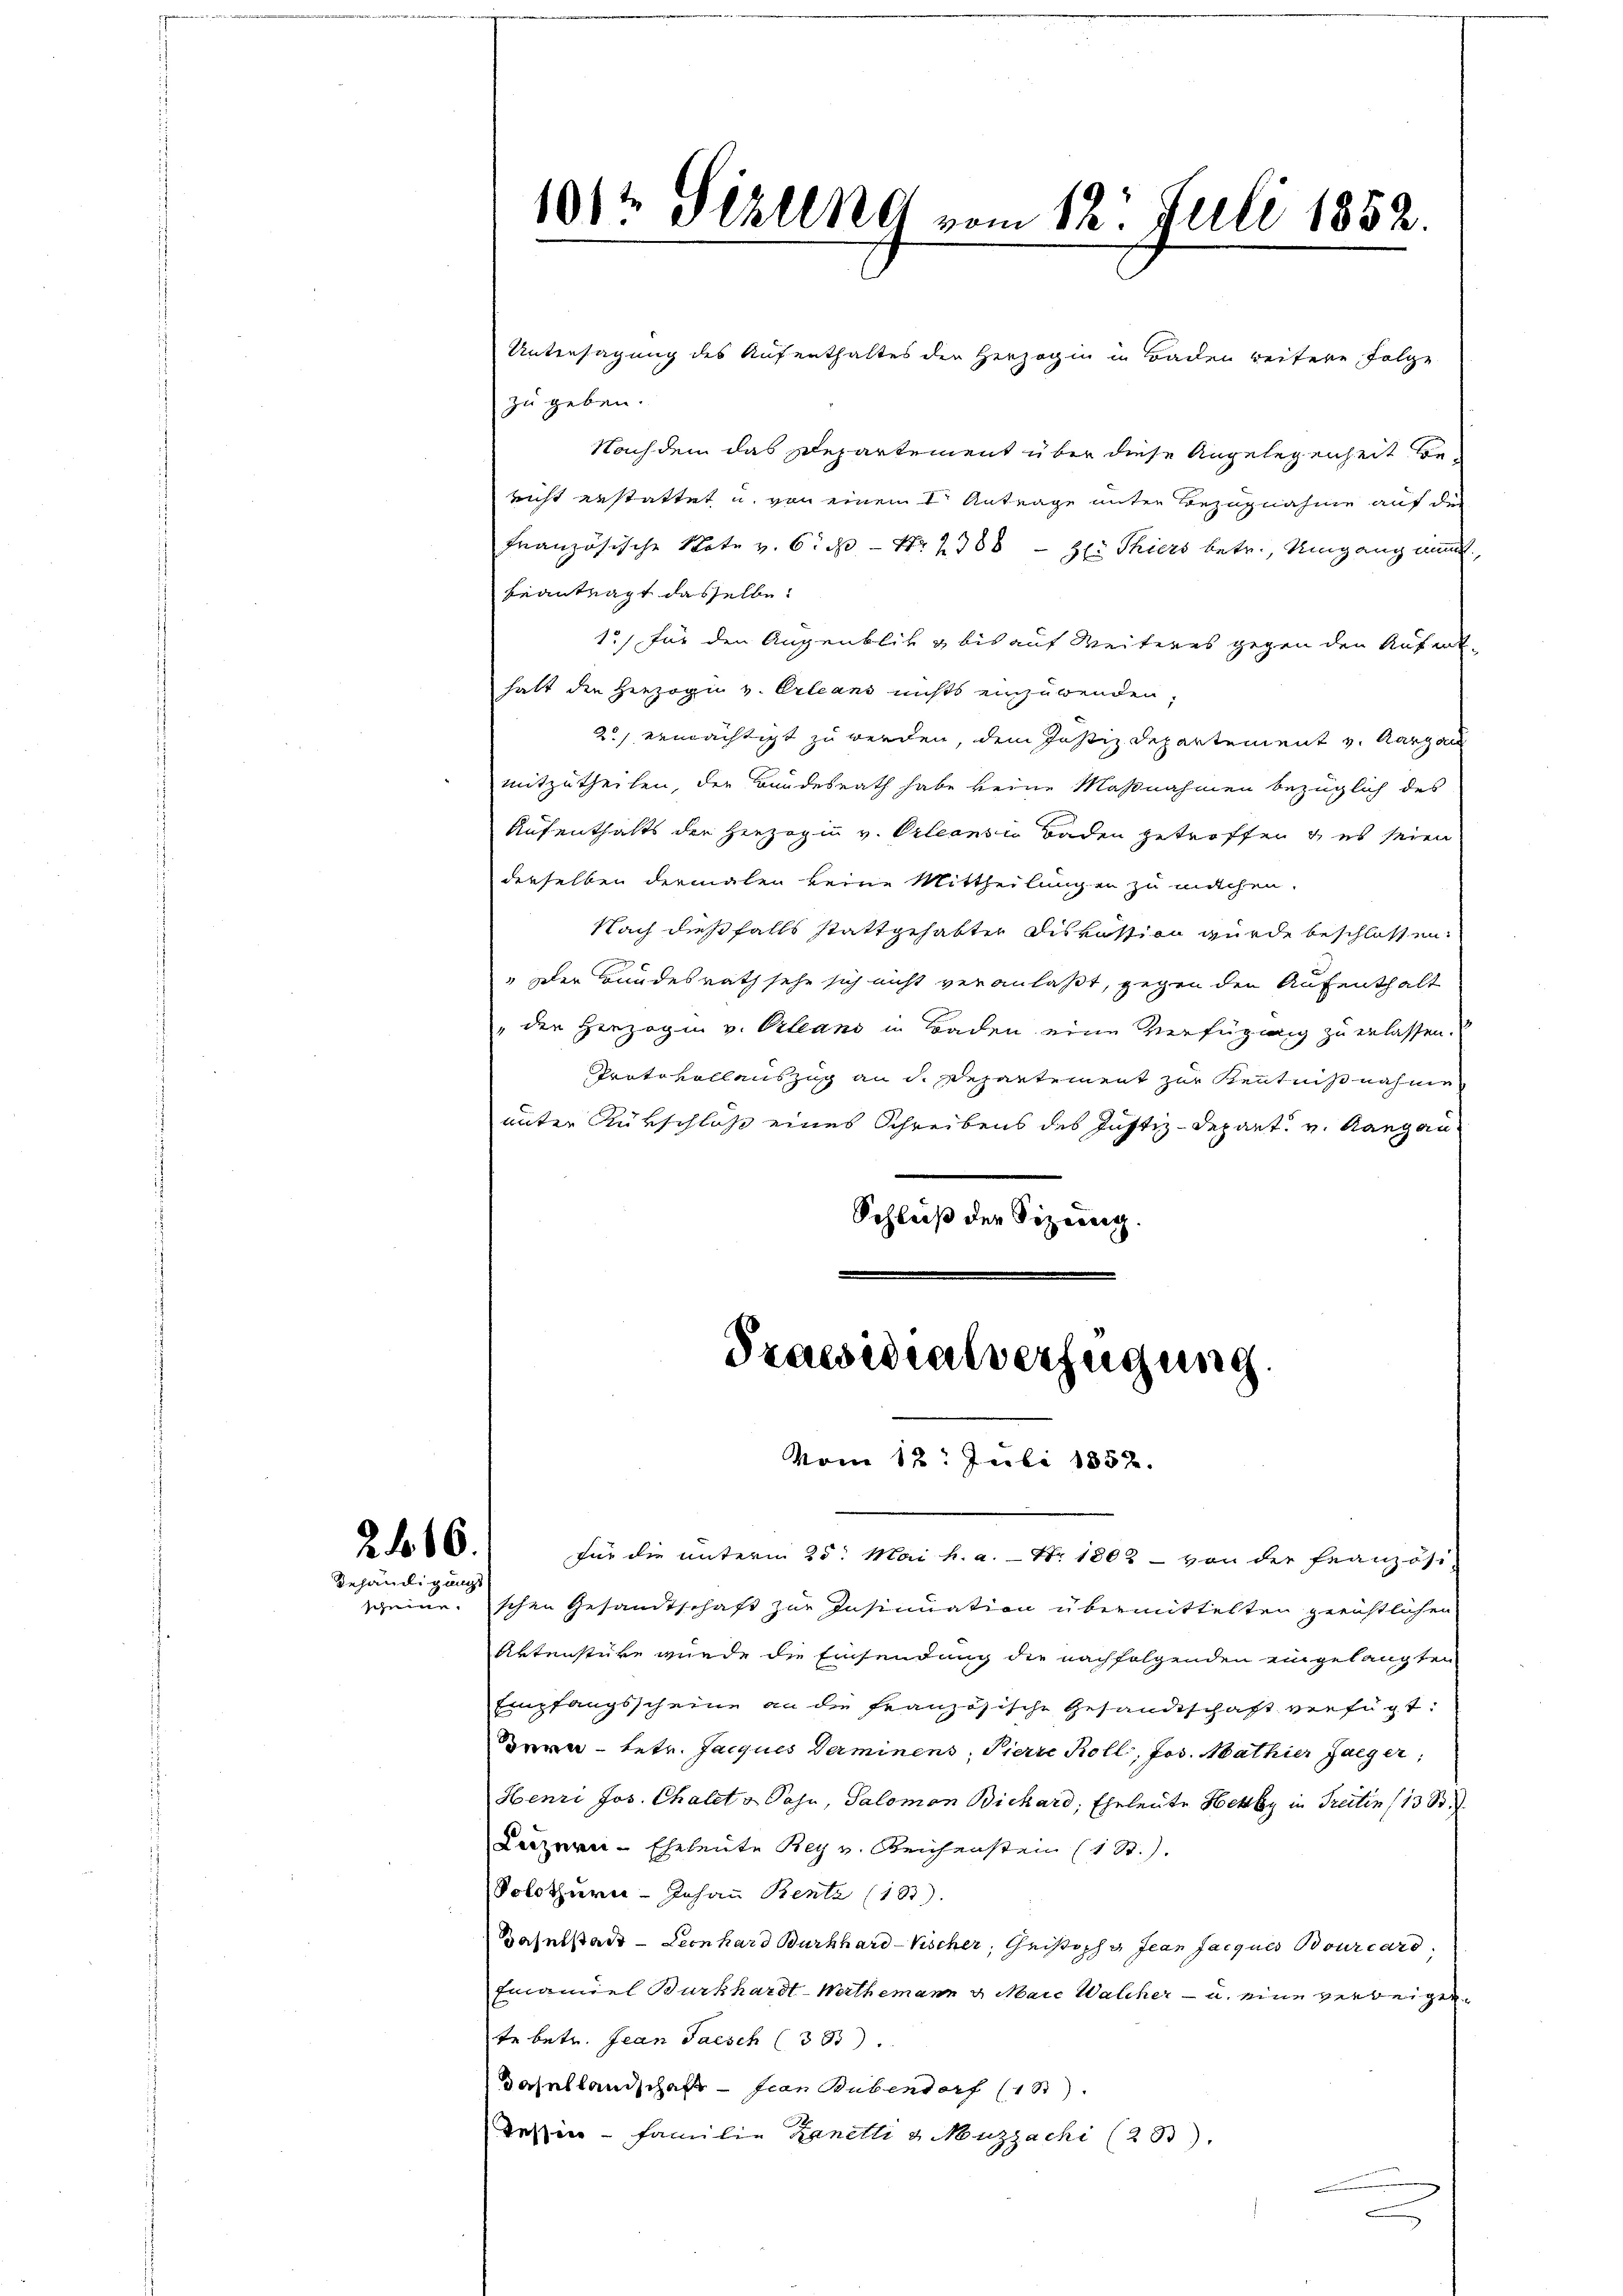
266.
gehändigungs

101te Sehling vom 12. Juli 1852.

Untersagung des Aufenthaltes der Herzogin in Baden weitere Folge
zu geben.
Nachdem das Departement über diese Angelegenheit bericht erstattet u. von einen der Antrage unter Bezugnahme auf den
Französische Note v. 6. d. – Nr. 2388 - Hl. Thiers betr. Umgang nimt.
beantragt dasselbe.
1.) für den Augenblick & bis auf Weiteres gegen den Aufenthatt den Herzogi v. Orleans nichts einzuwenden,
2) ermächtigt zu werden, dem Justiz Departement v. Aargau
mitzutheilen, der Bundesrath habe keine Maßnahmen bezüglich des
Aufenthalts der Herzogin v. Orleansio Baden getroffen & es seien
derselben dermalen keine Mittheilungen zu mitchen.
Nach dießfalls stattgehabter Diskation wurde beschlossen.
" Der Bundesrath sehe sich nicht veranlaßt, gegen den Aufenthalt
" der Herzogin v. Orleans in Baden eine Verfügung zu erlassen.
Protokollauszug an d. Departement zur Kenntnißnahme
unter Rükschloß eines Schreibens des Justiz-Depart. v. Rang an
Schluß der Vizeg.
Praesidialverfügung.
Vom 12. Juli 1852.
für die unterm 25. Mai h. a. Nr. 1802 - von der französi-
scheine. schen Gesandtschaft zur Insinuation übermittelten geenstlichen
Aktenstüke wurde die Einsendung die nachfolgenden eingelangten
Empfangsscheine an die französische Gesandtschaft verfügt:
-tetr. Jacques Verminens, Pierre Roll, Jos. Mathier Jaeger,
Henri Jos. Chalet v. Sohn, Salomon Bickard, Eheleute Hetzky in Treiten (13 S.
Luzern-Eheleute Bey v. Reichenstein (1 St.).
Solothurn Johann Bente (183).
Daselstadt - Leonhard Burkhard-Vischer, Geistoph g Jean Jacques Bourcard,
Emanuel Burkhardt-Werthemann u. Maic Walcher - u. eine verbeigente betr. Jean Pasch (353)
dasellandschaft - fian Bubendorf (18)
deine Familie Kanetti & Nuzzachi (23).